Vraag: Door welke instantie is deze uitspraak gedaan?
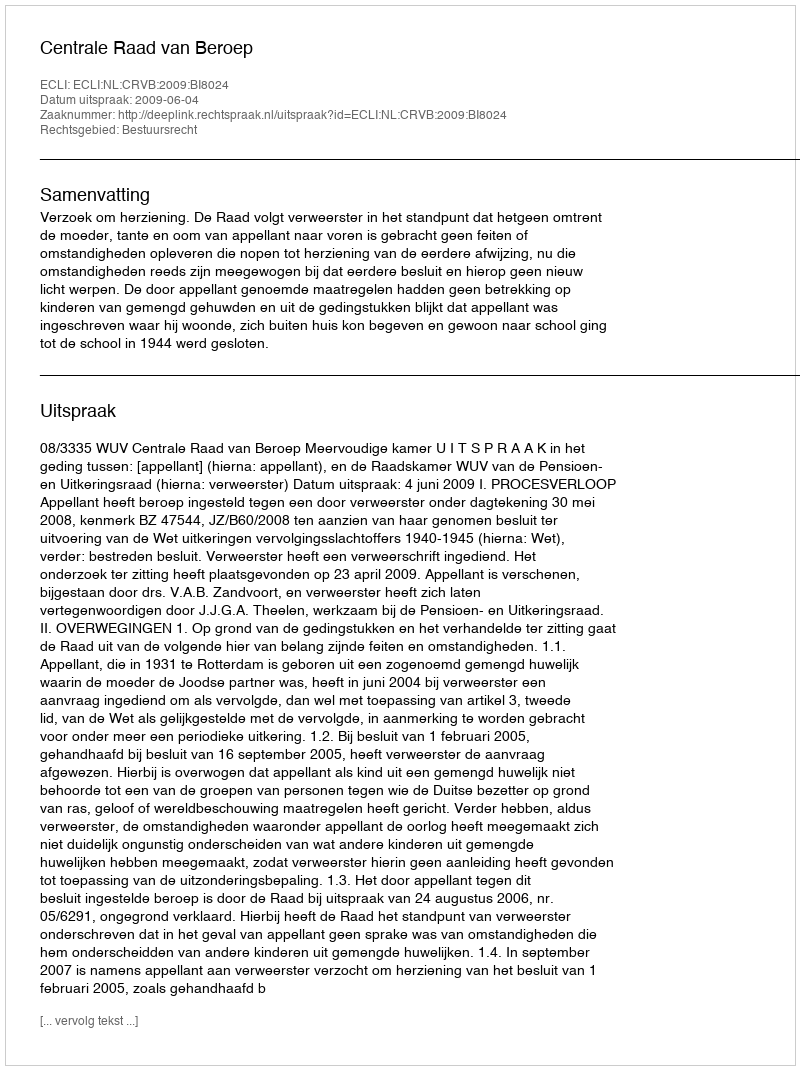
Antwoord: Centrale Raad van Beroep